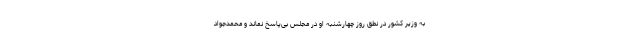
به وزیر کشور در نطق روز چهارشنبه او در مجلس بی‌پاسخ نماند و محمدجواد